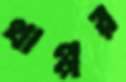
থাপ্পর